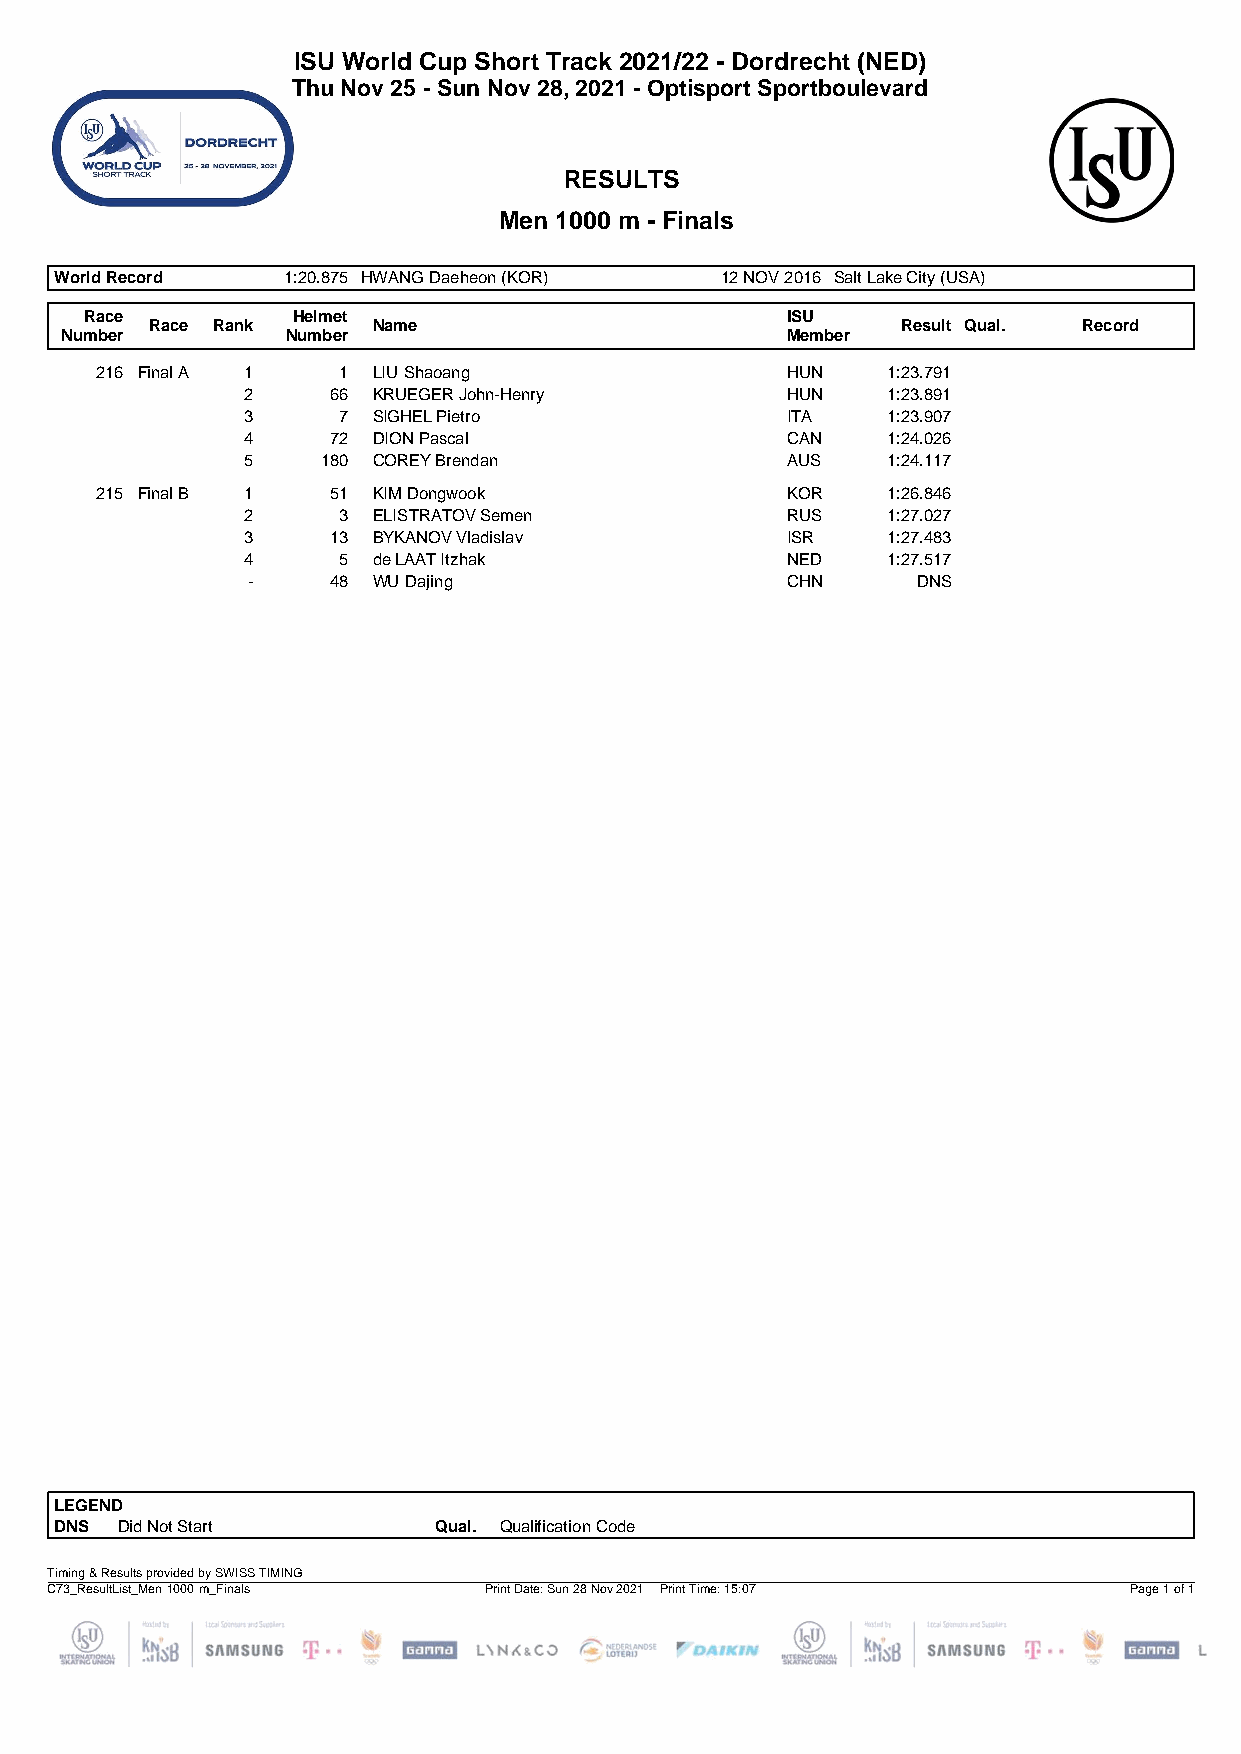
ISU World Cup Short Track 2021/22 - Dordrecht (NED)
 Thu Nov 25 - Sun Nov 28, 2021 - Optisport Sportboulevard
 RESULTS
 Men 1000 m - Finals
 World Record   1:20.875 HWANG Daeheon (KOR) 12 NOV 2016 Salt Lake City (USA)
 Race         Helmet                           ISU
 Race Rank      Name                               Result Qual. Record
 Number         Number                           Member
 216 Final A 1   1  LIU Shaoang                HUN    1:23.791
 2     66 KRUEGER John-Henry         HUN    1:23.891
 3     7  SIGHEL Pietro              ITA    1:23.907
 4     72 DION Pascal                CAN    1:24.026
 5    180 COREY Brendan              AUS    1:24.117
 215 Final B 1   51 KIM Dongwook               KOR    1:26.846
 2     3  ELISTRATOV Semen           RUS    1:27.027
 3     13 BYKANOV Vladislav          ISR    1:27.483
 4     5  de LAAT Itzhak             NED    1:27.517
 -     48 WU Dajing                  CHN      DNS
 LEGEND
 DNS Did Not Start        Qual. Qualification Code
 Timing & Results provided by SWISS TIMING
 C73_ResultList_Men 1000 m_Finals Print Date: Sun 28 Nov 2021 Print Time: 15:07 Page 1 of 1